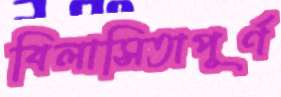
বিলাসিতাপূর্ণ